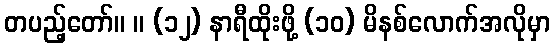
တပည့်တော်။ ။ (၁၂) နာရီထိုးဖို့ (၁၀) မိနစ်လောက်အလိုမှာ